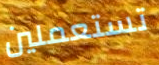
تستعملين